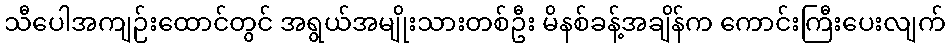
သီပေါအကျဉ်းထောင်တွင် အရွယ်အမျိုးသားတစ်ဦး မိနစ်ခန့်အချိန်က ကောင်းကြီးပေးလျက်